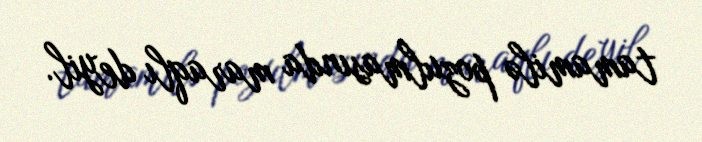
tamamilə pozulmasında maraqlı deyil.